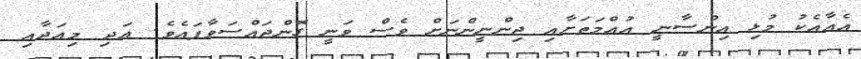
އެއާއެކު މުޅި އިންސާނީ އުއްމަތަށާއި ޖިންނީންނަށް ވެސް ވަނީ ގޮންޖައްސަވާފައެވެ. އަދި މިއަދާއި